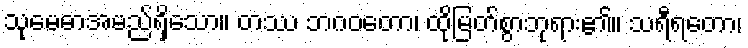
သုမေဓာအမည်ရှိသော။ တဿ ဘဂဝတော၊ ထိုမြတ်စွာဘုရား၏။ သရီရတော၊